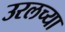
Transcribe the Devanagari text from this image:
उरलच्या